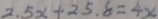
2 . 5 x + 2 5 . 8 = 4 x